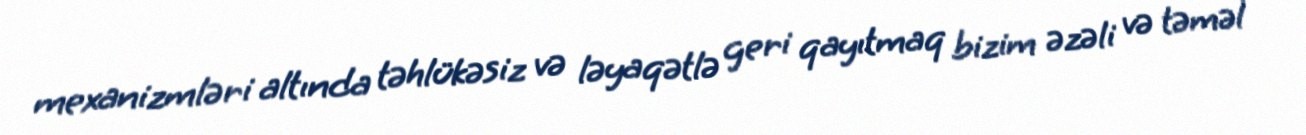
mexanizmləri altında təhlükəsiz və ləyaqətlə geri qayıtmaq bizim əzəli və təməl